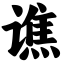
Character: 谯